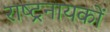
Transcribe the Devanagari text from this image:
राष्ट्रनायकों